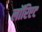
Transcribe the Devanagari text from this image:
लॉरिएट